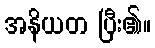
အနိယတ ပြီး၏။